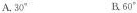
()A.30° B.60°